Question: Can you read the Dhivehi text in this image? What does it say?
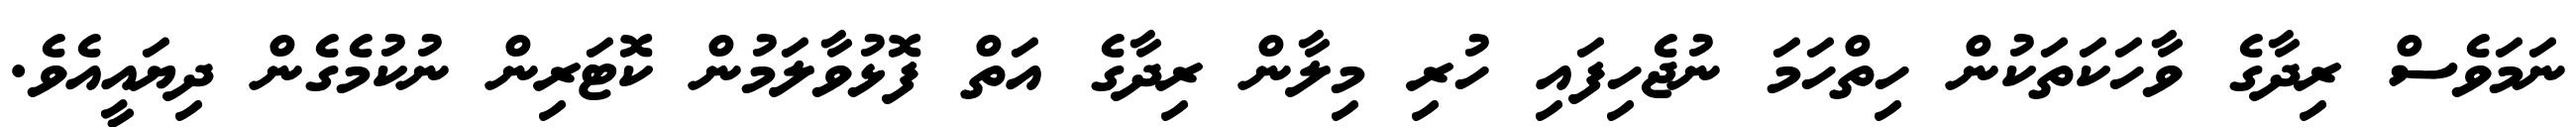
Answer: ނަމަވެސް ރިދާގެ ވާހަކަތަކުން ހިތްހަމަ ނުޖެހިފައި ހުރި މިލާން ރިދާގެ އަތް ފޮޅުވާލަމުން ކޮޓަރިން ނުކުމެގެން ދިޔައީއެވެ.